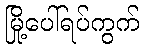
မြို့ပေါ်ရပ်ကွက်